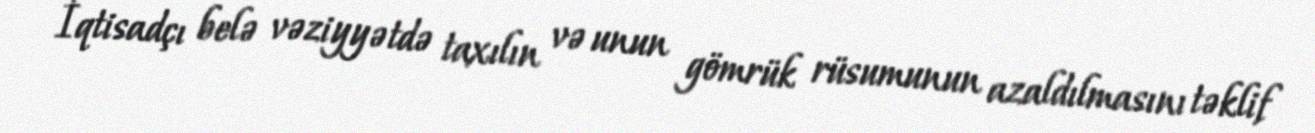
İqtisadçı belə vəziyyətdə taxılın və unun gömrük rüsumunun azaldılmasını təklif